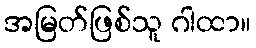
အမြတ်ဖြစ်သူ ဂါထာ။